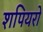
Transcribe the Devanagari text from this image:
शपियरों